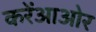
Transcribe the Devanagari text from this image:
करेंआओर